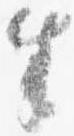
生